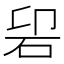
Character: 𱳲